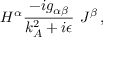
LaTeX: H ^ { \alpha } { \frac { - i g _ { \alpha \beta } } { k _ { A } ^ { 2 } + i \epsilon } } \ J ^ { \beta } \, ,